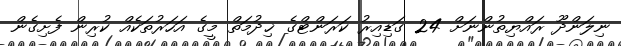
ނިލަންދޫ ރައްޔިތުންނަށް 24 ގަޑިއިރު ކަރަންޓްގެ ޚިދުމަތް މީގެ އަހަރުތަކެއް ކުރިން ފެށިގެން